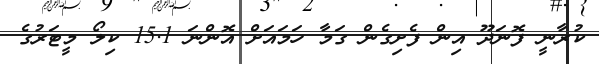
ކުރާނީ ފޮނަދޫ އިން ފެށިގެން ގަމާ ހަމައަށް އޮންނަ 15.1 ކިލޯ މީޓަރުގެ